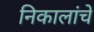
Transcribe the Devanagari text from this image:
निकालांचे